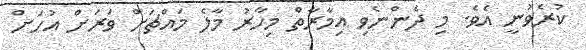
ކުރެވުނީ އެވެ. މި ދެންނެވި އިމާރާތް މިހާރު މާލެ މައްޗަށް ވަރަށް އުހަށް